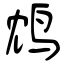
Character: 鸩